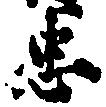
忠